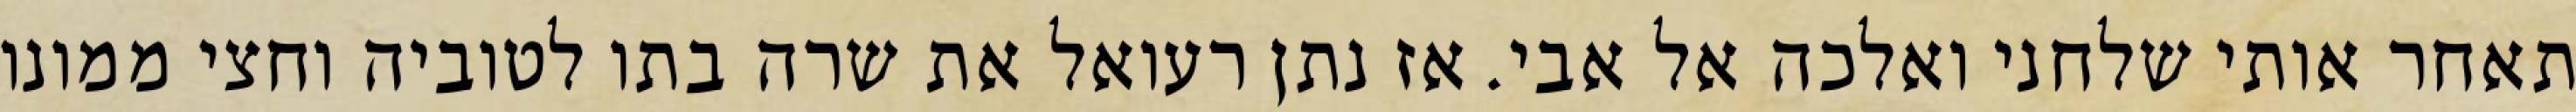
תאחר אותי שלחני ואלכה אל אבי. אז נתן רעואל את שרה בתו לטוביה וחצי ממונו